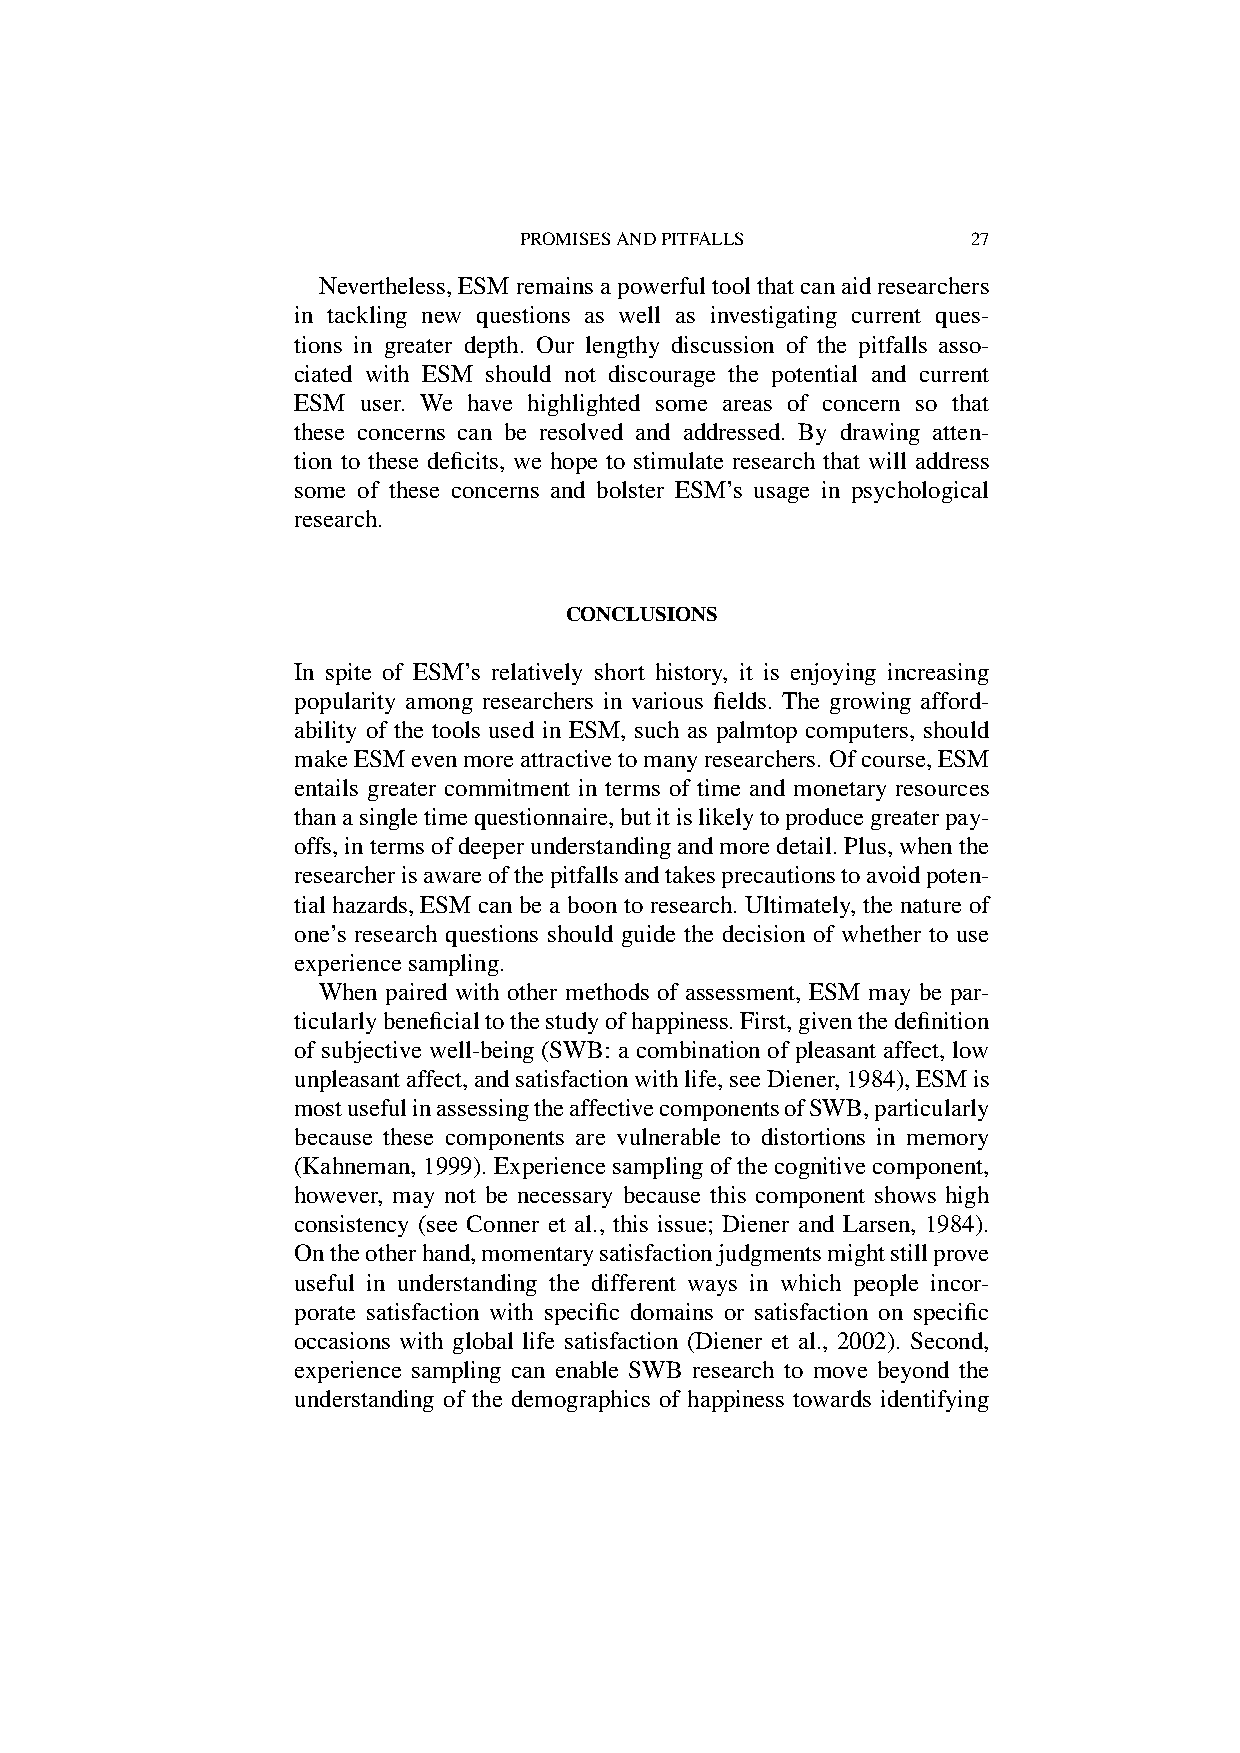
PROMISESANDPITFALLS           27
 Nevertheless,ESMremainsapowerfultoolthatcanaidresearchers
 in tackling new questions as well as investigating current ques-
 tions in greater depth. Our lengthy discussion of the pitfalls asso-
 ciated with ESM should not discourage the potential and current
 ESM  user. We have highlighted some areas of concern so that
 these concerns can be resolved and addressed. By drawing atten-
 tion to these deficits, we hope to stimulate research that will address
 some of these concerns and bolster ESM’s usage in psychological
 research.
 CONCLUSIONS
 In spite of ESM’s relatively short history, it is enjoying increasing
 popularity among researchers in various fields. The growing afford-
 ability of the tools used in ESM, such as palmtop computers, should
 makeESMevenmoreattractivetomanyresearchers.Ofcourse,ESM
 entails greater commitment in terms of time and monetary resources
 thanasingletimequestionnaire,butitislikelytoproducegreaterpay-
 offs,intermsofdeeperunderstandingandmoredetail.Plus,whenthe
 researcherisawareofthepitfallsandtakesprecautionstoavoidpoten-
 tial hazards, ESM can be a boon to research. Ultimately, the nature of
 one’s research questions should guide the decision of whether to use
 experiencesampling.
 When paired with other methods of assessment, ESM may be par-
 ticularlybeneficialtothestudyofhappiness.First,giventhedefinition
 of subjective well-being (SWB: a combination of pleasant affect, low
 unpleasantaffect,andsatisfactionwithlife,seeDiener,1984),ESMis
 mostusefulinassessingtheaffectivecomponentsofSWB,particularly
 because these components are vulnerable to distortions in memory
 (Kahneman, 1999). Experience sampling of the cognitive component,
 however, may not be necessary because this component shows high
 consistency (see Conner et al., this issue; Diener and Larsen, 1984).
 Ontheotherhand,momentarysatisfactionjudgmentsmightstillprove
 useful in understanding the different ways in which people incor-
 porate satisfaction with specific domains or satisfaction on specific
 occasions with global life satisfaction (Diener et al., 2002). Second,
 experience sampling can enable SWB research to move beyond the
 understanding of the demographics of happiness towards identifying